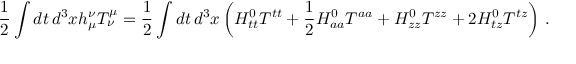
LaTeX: \frac { 1 } { 2 } \int d t \, d ^ { 3 } x h _ { \mu } ^ { \nu } T _ { \nu } ^ { \mu } = \frac { 1 } { 2 } \int d t \, d ^ { 3 } x \left( H _ { t t } ^ { 0 } T ^ { t t } + \frac { 1 } { 2 } H _ { a a } ^ { 0 } T ^ { a a } + H _ { z z } ^ { 0 } T ^ { z z } + 2 H _ { t z } ^ { 0 } T ^ { t z } \right) \, .